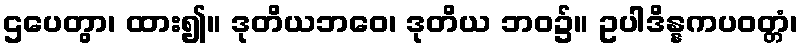
ဌပေတွာ၊ ထား၍။ ဒုတိယဘဝေ၊ ဒုတိယ ဘဝ၌။ ဥပါဒိန္နကပဝတ္တံ၊